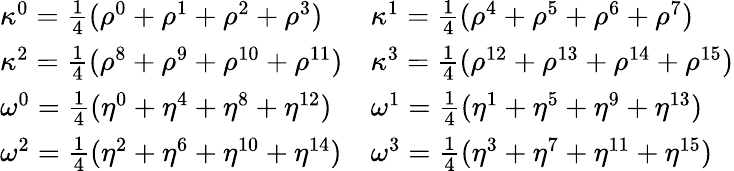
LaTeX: \begin{array}{ll}{\kappa^{0}=\frac{1}{4}(\rho^{0}+\rho^{1}+\rho^{2}+\rho^{3})}&{\kappa^{1}=\frac{1}{4}(\rho^{4}+\rho^{5}+\rho^{6}+\rho^{7})}\\ {\kappa^{2}=\frac{1}{4}(\rho^{8}+\rho^{9}+\rho^{10}+\rho^{11})}&{\kappa^{3}=\frac{1}{4}(\rho^{12}+\rho^{13}+\rho^{14}+\rho^{15})}\\ {\omega^{0}=\frac{1}{4}(\eta^{0}+\eta^{4}+\eta^{8}+\eta^{12})}&{\omega^{1}=\frac{1}{4}(\eta^{1}+\eta^{5}+\eta^{9}+\eta^{13})}\\ {\omega^{2}=\frac{1}{4}(\eta^{2}+\eta^{6}+\eta^{10}+\eta^{14})}&{\omega^{3}=\frac{1}{4}(\eta^{3}+\eta^{7}+\eta^{11}+\eta^{15})}\end{array}